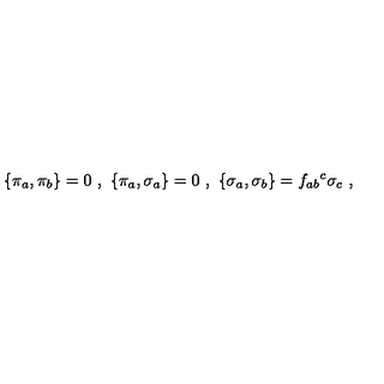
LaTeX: \{ \pi _ { a } , \pi _ { b } \} = 0 \ , \ \{ \pi _ { a } , \sigma _ { a } \} = 0 \ , \ \{ \sigma _ { a } , \sigma _ { b } \} = f _ { a b } { } ^ { c } \sigma _ { c } \ ,